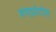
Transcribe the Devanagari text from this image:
डाएप्रोटोस